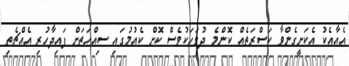
އެއާއެކު އެކަށީގެންވާ ކަސްރަތެއް ކޮންމެ ދުވަހަކުވެސް ކޮށް ކެއުމުގައި ސިއްހަތަށް ފައިދާހުރި އެއްޗެތި